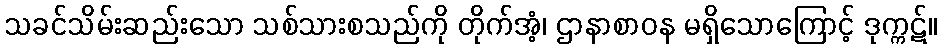
သခင်သိမ်းဆည်းသော သစ်သားစသည်ကို တိုက်အံ့၊ ဌာနာစာဝန မရှိသောကြောင့် ဒုက္ကဋ်။